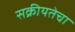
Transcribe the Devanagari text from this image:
सक्रीयतेचा